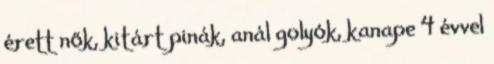
érett nők, kitárt pinák, anál golyók, kanape 4 évvel